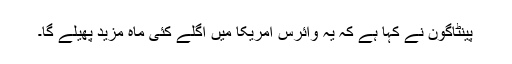
پینٹاگون نے کہا ہے کہ یہ وائرس امریکا میں اگلے کئی ماہ مزید پھیلے گا۔